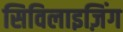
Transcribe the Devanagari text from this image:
सिविलाइज़िंग